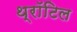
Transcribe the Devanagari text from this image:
थ्रॉटिल